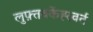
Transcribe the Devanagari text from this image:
लुफ़्तवर्केह्स्वर्त